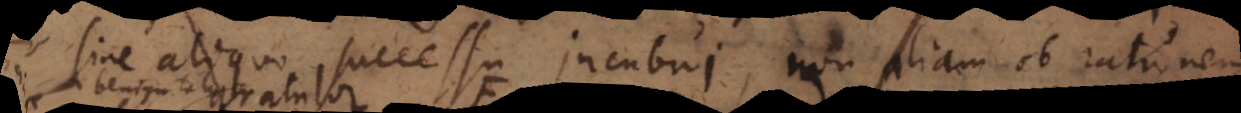
sine aliquo successu incubui, non aliam ob rationem